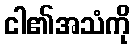
ငါ၏အသံကို